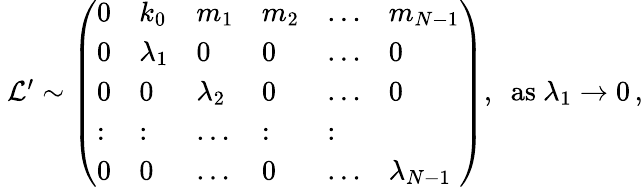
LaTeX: \begin{array}{r}{\ \mathcal{L}^{\prime}\sim\left(\begin{array}{llllll}{0}&{k_{0}}&{m_{1}}&{m_{2}}&{\dots}&{m_{N-1}}\\ {0}&{\lambda_{1}}&{0}&{0}&{\dots}&{0}\\ {0}&{0}&{\lambda_{2}}&{0}&{\dots}&{0}\\ {:}&{:}&{\dots}&{:}&{:}\\ {0}&{0}&{\dots}&{0}&{\dots}&{\lambda_{N-1}}\end{array}\right),~~\mathrm{as}~\lambda_{1}\rightarrow 0\, ,}\end{array}